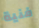
فنية